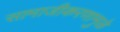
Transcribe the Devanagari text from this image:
सामाजीकरणामुळे